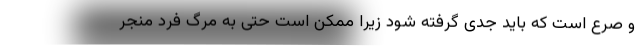
و صرع است که باید جدی گرفته شود زیرا ممکن است حتی به مرگ فرد منجر